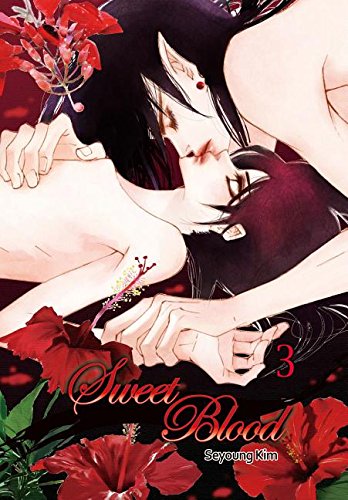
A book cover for Sweet Blood Volume 3 (Sweet Blood Gn); Seyoung Kim; Comics & Graphic Novels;